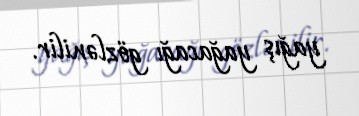
yağış yağacağı gözlənilir.